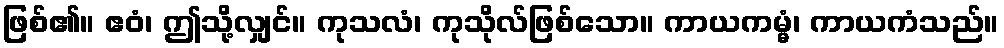
ဖြစ်၏။ ဧဝံ၊ ဤသို့လျှင်။ ကုသလံ၊ ကုသိုလ်ဖြစ်သော။ ကာယကမ္မံ၊ ကာယကံသည်။